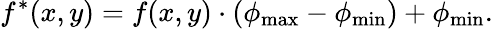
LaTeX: f^{*}(x,y)=f(x,y)\cdot(\phi_{\operatorname*{max}}-\phi_{\operatorname*{min}})+\phi_{\operatorname*{min}}.